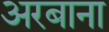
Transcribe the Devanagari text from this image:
अरबाना